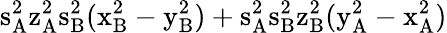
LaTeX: \mathrm{s_{A}^{2}\mathrm{z_{A}^{2}\mathrm{s_{B}^{2}(\mathrm{x_{B}^{2}-\mathrm{y_{B}^{2})+\mathrm{s_{A}^{2}\mathrm{s_{B}^{2}\mathrm{z_{B}^{2}(\mathrm{y_{A}^{2}-\mathrm{x_{A}^{2})}}}}}}}}}}